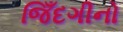
જિઁદગીનો